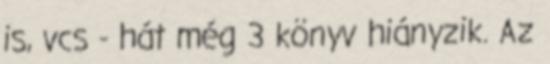
is, vcs - hát még 3 könyv hiányzik. Az